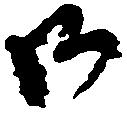
御